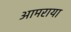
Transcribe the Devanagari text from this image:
आमराया